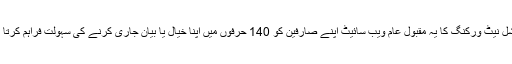
سوشل نیٹ ورکنگ کا یہ مقبول عام ویب سائیٹ اپنے صارفین کو 140 حرفوں میں اپنا خیال یا بیان جاری کرنے کی سہولت فراہم کرتا ہے۔